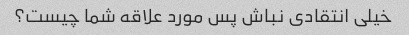
خیلی انتقادی نباش پس مورد علاقه شما چیست؟